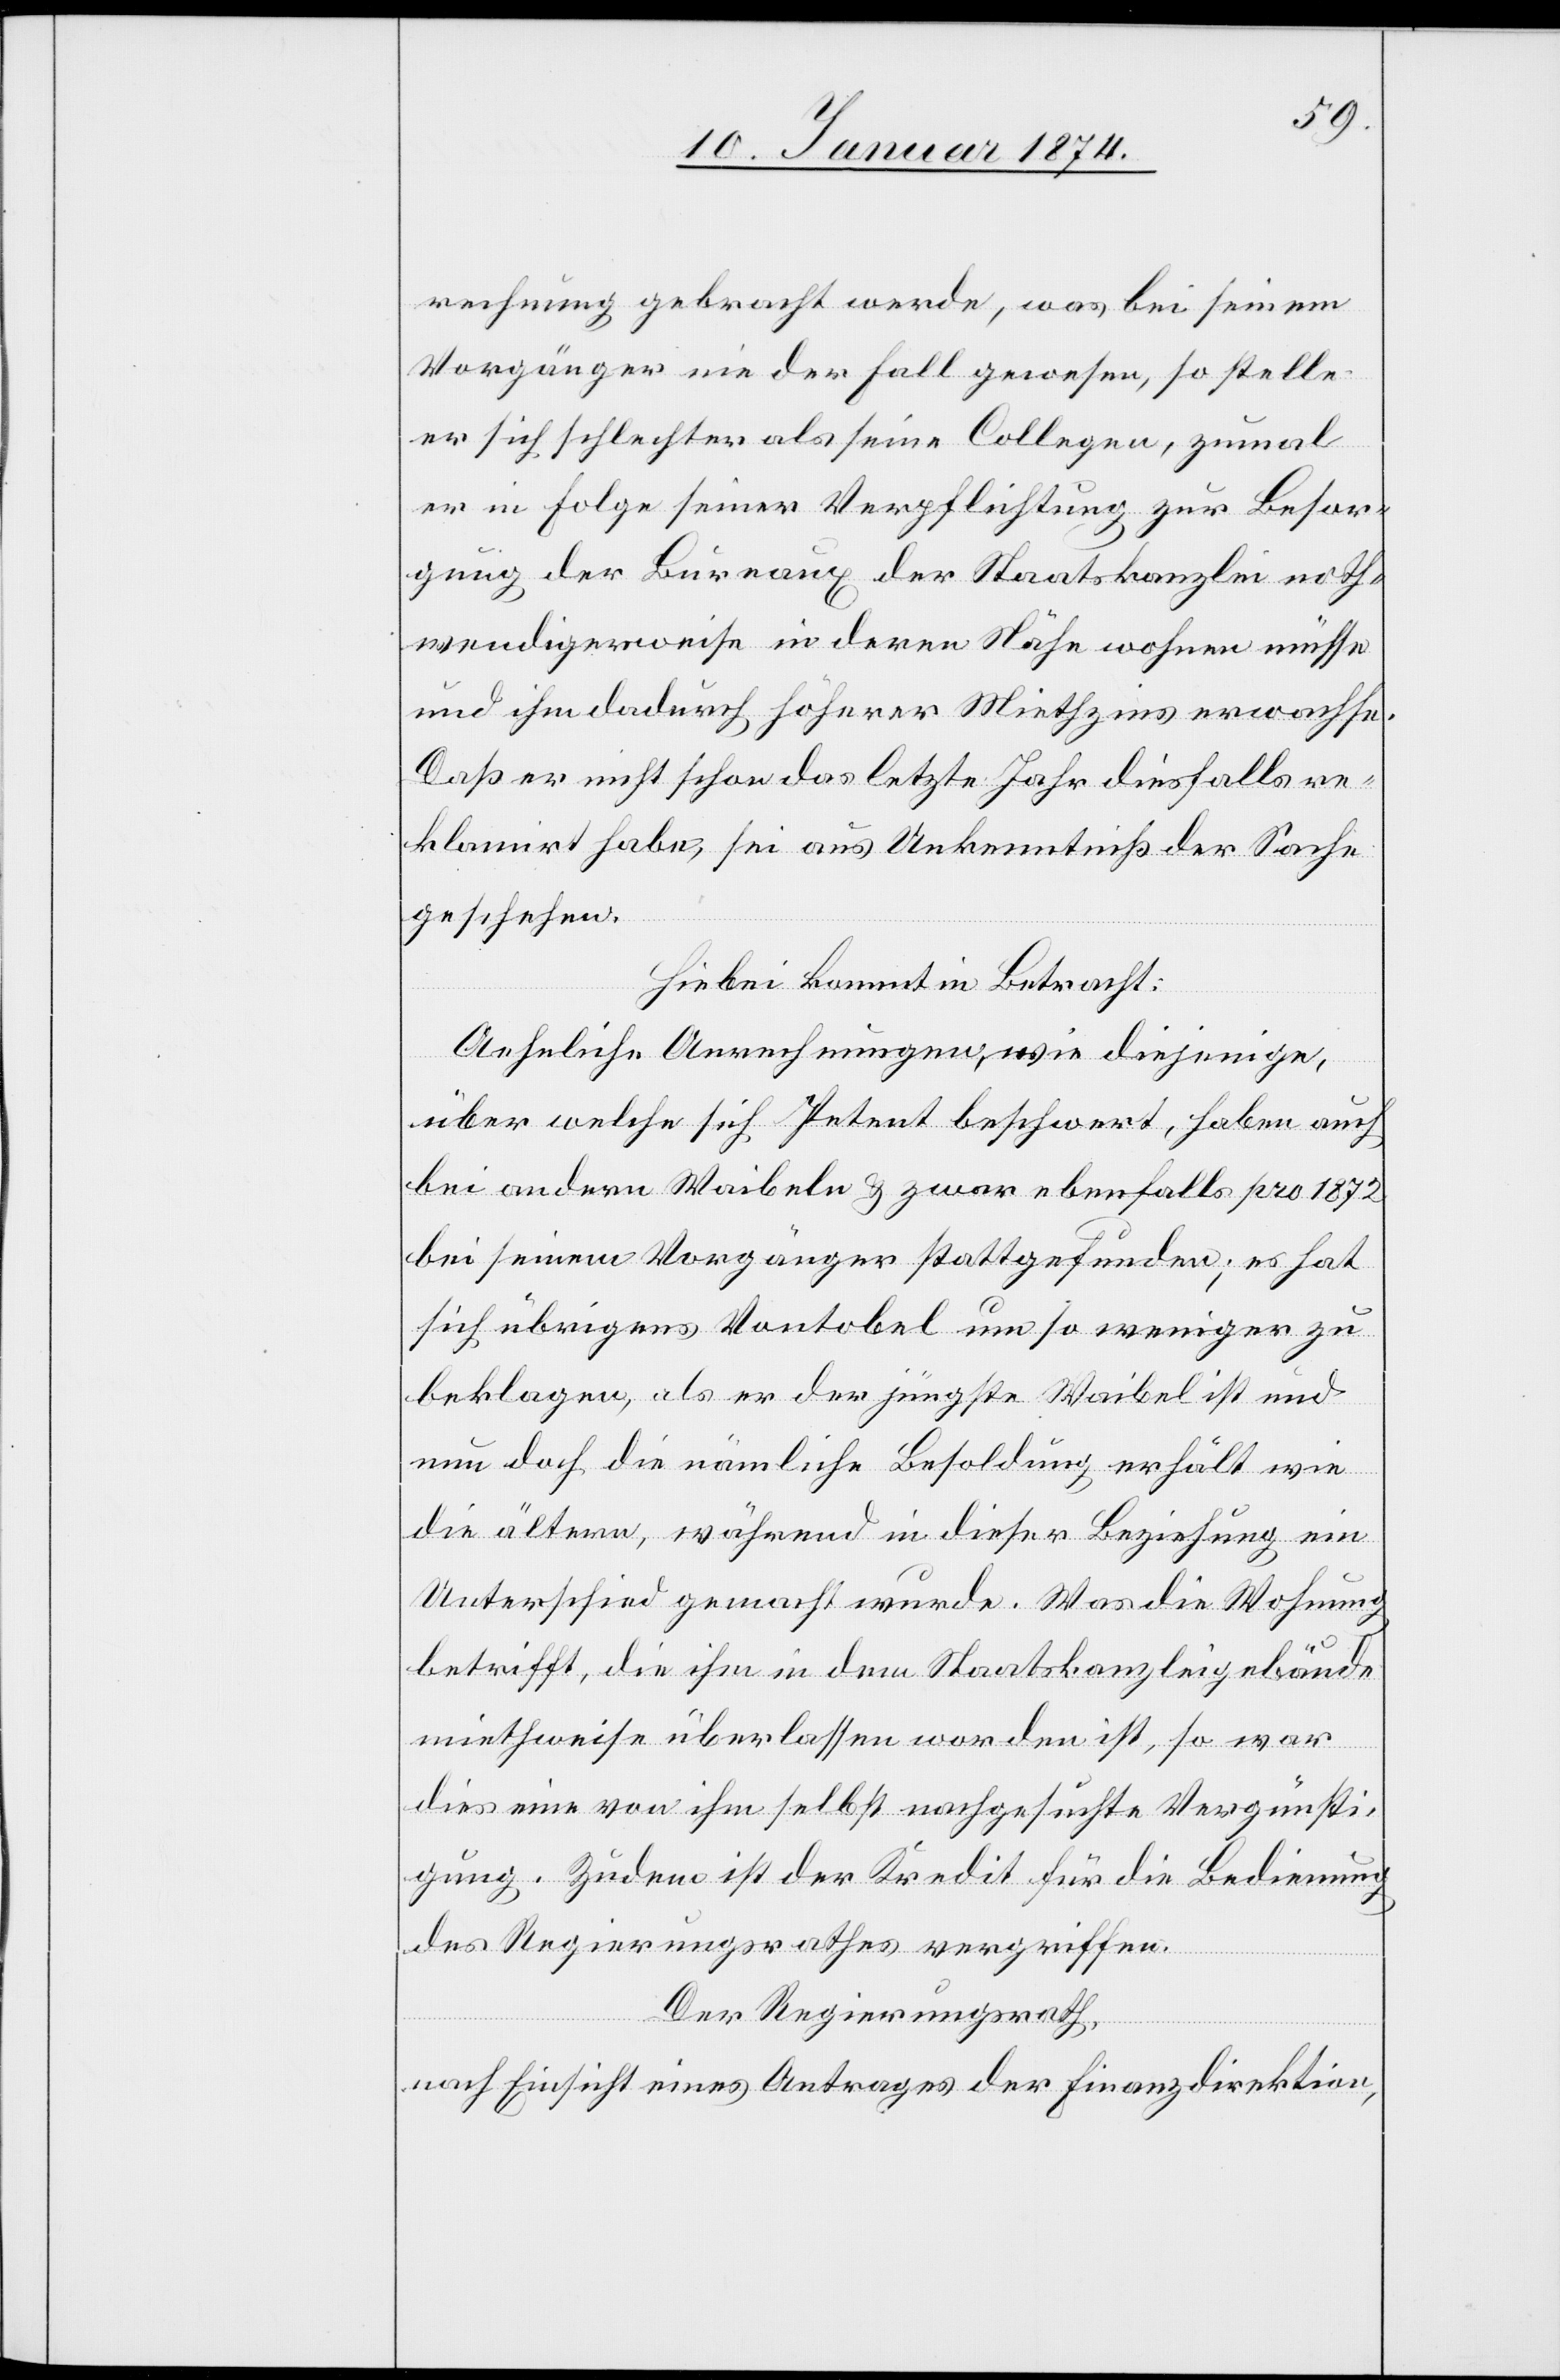
rechnung gebracht werde, was bei seinem
Vorgänger nie der Fall gewesen, so stelle
er sich schlechter als seine Collegen, zumal
er in Folge seiner Verpflichtung zur Besor¬
gung der Bureaux der Staatskanzlei noth¬
wendigerweise in deren Nähe wohnen müsse
und ihm dadurch höherer Miethzins erwachse.
Daß er nicht schon das letzte Jahr diesfalls re¬
klamirt habe, sei aus Unkenntniß der Sache
geschehen.
Hiebei kommt in Betracht:
Aehnliche Anrechnungen wie diejenige,
über welche sich Petent beschwert, haben auch
bei andern Waibeln & zwar ebenfalls pro 1872
bei seinem Vorgänger stattgefunden; es hat
sich übrigens Vontobel um so weniger zu
beklagen, als er der jüngste Waibel ist und
nun doch die nämliche Besoldung erhält wie
die altern, während in dieser Beziehung ein
Unterschied gemacht wurde. Was die Wohnung
betrifft, die ihm in dem Staatskanzleigebäude
miethweise überlassen worden ist, so war
dies eine von ihm selbst nachgesuchte Vergünsti¬
gung. Zudem ist der Kredit für die Bedingung
des Regierungsrathes vergriffen.
Der Regierungsrath,
nach Einsicht eines Antrages der Finanzdirektion